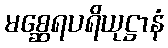
မစ္ဆေရပရိယုဋ္ဌာနံ